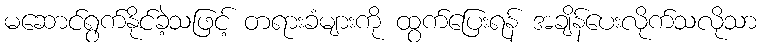
မဆောင်ရွက်နိုင်ခဲ့သဖြင့် တရားခံများကို ထွက်ပြေးရန် အချိန်ပေးလိုက်သလိုသာ